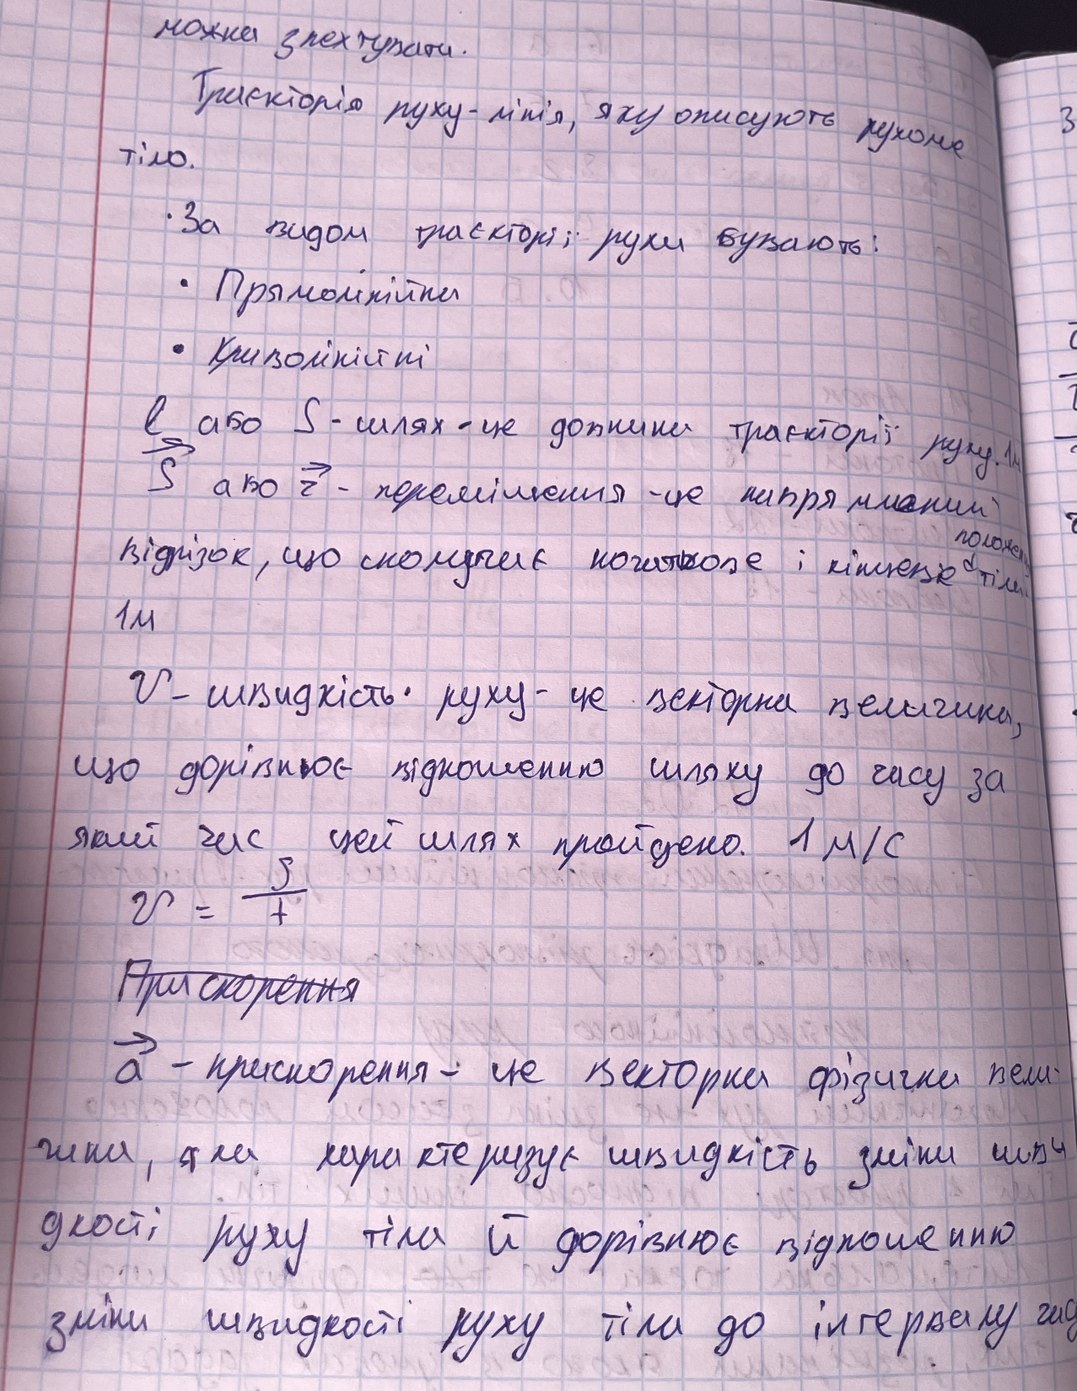
можна знехтувати.
Траєкторія руху - лінія, яку описують рухоме
тіло.
• За видом траєкторії рухи бувають:
• Прямолінійни
• Криволінійні
l або S - шлях - це довжина траєкторії руху. 1м
→S або →r - переміщення - це напрямлений
Відрізок, що сполучає початкове і кінцеве положення тіла
1м
V- швидкість руху- це векторна величина,
що дорівнює відношенню шляху до часу за
який час цей шлях пройдено. 1 м/с
v = \frac{s}{t}
~~Прискорення~~
a - брисбаребис - це вебтарба фізична вели
чина, яка характеризує швидкість зміни шви
дкості руху тіла й дорівнює відношенню
зміни швидкості руху тіла до інтервалу часу